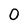
Character: 0